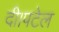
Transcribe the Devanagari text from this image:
दी।पटेल